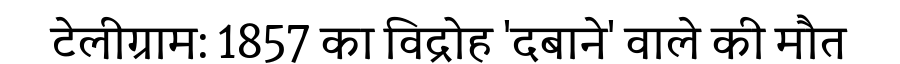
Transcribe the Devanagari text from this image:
टेलीग्राम: 1857 का विद्रोह 'दबाने' वाले की मौत